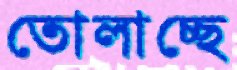
তোলাচ্ছে